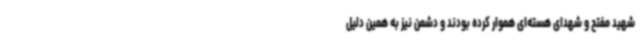
شهید مفتح و شهدای هسته‌ای هموار کرده بودند و دشمن نیز به همین دلیل